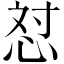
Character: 𪫼